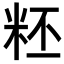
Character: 𥹂